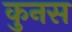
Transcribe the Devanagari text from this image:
कुनस